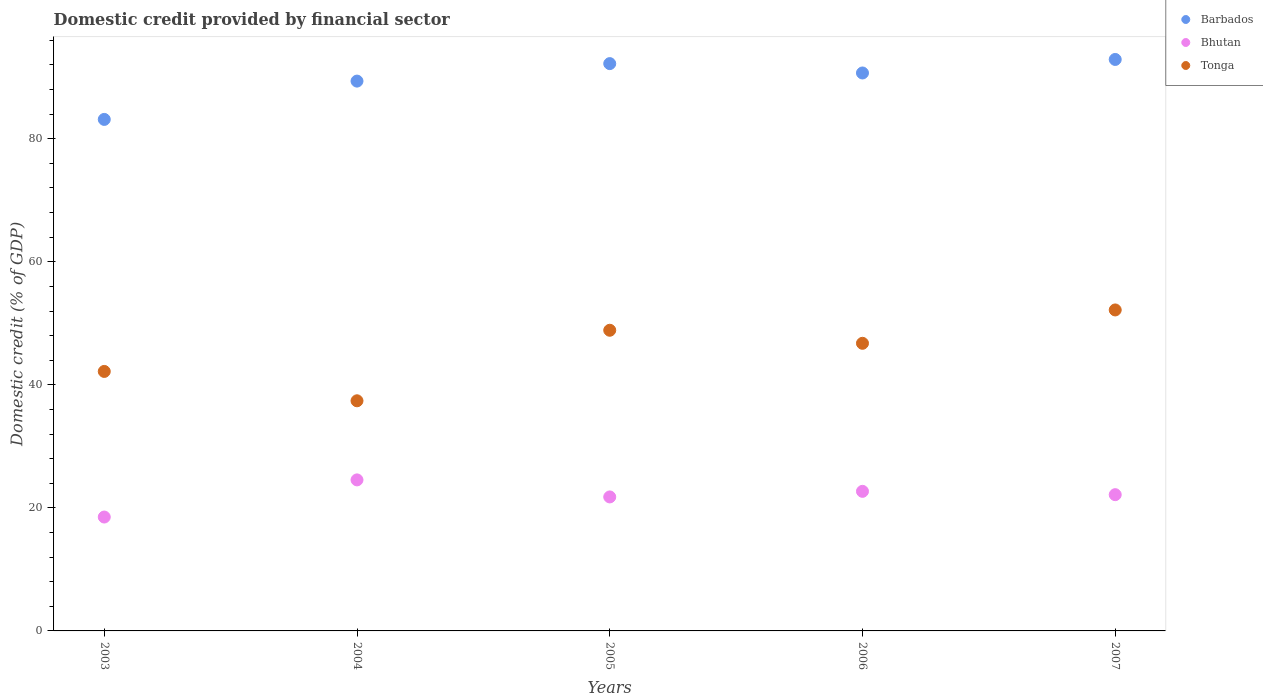
| Years | Barbados | Bhutan | Tonga |
 | --- | --- | --- | --- |
 | 2003 | 83.1 | 18.5 | 42.2 |
 | 2004 | 89.4 | 24.5 | 37.4 |
 | 2005 | 92.2 | 21.8 | 48.9 |
 | 2006 | 90.7 | 22.7 | 46.8 |
 | 2007 | 92.9 | 22.1 | 52.2 |